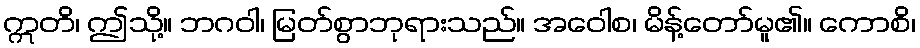
ဣတိ၊ ဤသို့။ ဘဂဝါ၊ မြတ်စွာဘုရားသည်။ အဝေါစ၊ မိန့်တော်မူ၏။ ကောစိ၊